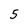
Character: 5